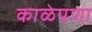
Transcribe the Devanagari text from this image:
काळेपणा